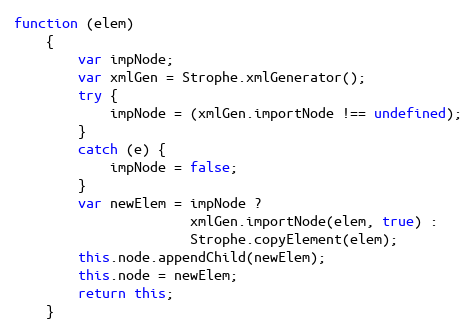
Language: JavaScript
function (elem)
    {
        var impNode;
        var xmlGen = Strophe.xmlGenerator();
        try {
            impNode = (xmlGen.importNode !== undefined);
        }
        catch (e) {
            impNode = false;
        }
        var newElem = impNode ?
                      xmlGen.importNode(elem, true) :
                      Strophe.copyElement(elem);
        this.node.appendChild(newElem);
        this.node = newElem;
        return this;
    }